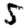
Digit: 5